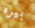
بيره